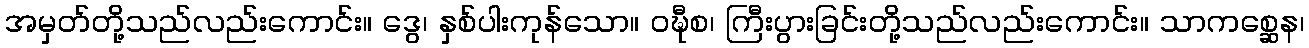
အမှတ်တို့သည်လည်းကောင်း။ ဒွေ၊ နှစ်ပါးကုန်သော။ ဝဍ္ဎီစ၊ ကြီးပွားခြင်းတို့သည်လည်းကောင်း။ သာကစ္ဆေန၊